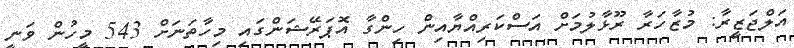
އަލްޖަޒީރާ: މުޒާހަރާ ރޫޅާލުމަށް އަސްކަރިއްޔާއިން ހިންގާ އޮޕަރޭޝަންގައި މިހާތަނަށް 543 މީހުން ވަނީ